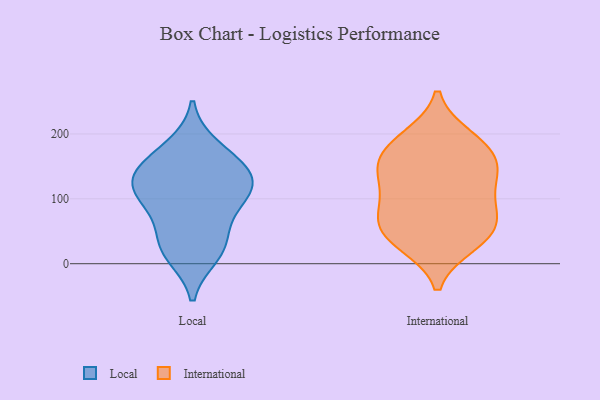
{"axis": {"x": "Operating Costs (USD K)", "y": "Value"}, "legend": ["International", "Local"], "data": [{"x": "", "y": 94, "type": "Local"}, {"x": "", "y": 35, "type": "Local"}, {"x": "", "y": 138, "type": "Local"}, {"x": "", "y": 119, "type": "Local"}, {"x": "", "y": 15, "type": "Local"}, {"x": "", "y": 156, "type": "Local"}, {"x": "", "y": 91, "type": "Local"}, {"x": "", "y": 116, "type": "Local"}, {"x": "", "y": 28, "type": "Local"}, {"x": "", "y": 140, "type": "Local"}, {"x": "", "y": 179, "type": "Local"}, {"x": "", "y": 177, "type": "International"}, {"x": "", "y": 145, "type": "International"}, {"x": "", "y": 127, "type": "International"}, {"x": "", "y": 194, "type": "International"}, {"x": "", "y": 186, "type": "International"}, {"x": "", "y": 152, "type": "International"}, {"x": "", "y": 143, "type": "International"}, {"x": "", "y": 53, "type": "International"}, {"x": "", "y": 87, "type": "International"}, {"x": "", "y": 31, "type": "International"}, {"x": "", "y": 94, "type": "International"}, {"x": "", "y": 74, "type": "International"}, {"x": "", "y": 49, "type": "International"}, {"x": "", "y": 37, "type": "International"}]}